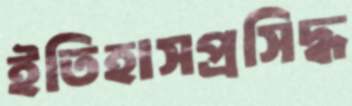
ইতিহাসপ্রসিদ্ধ